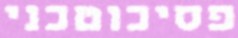
פסיכוטכני